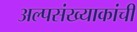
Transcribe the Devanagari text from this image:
अल्पसंख्याकांची